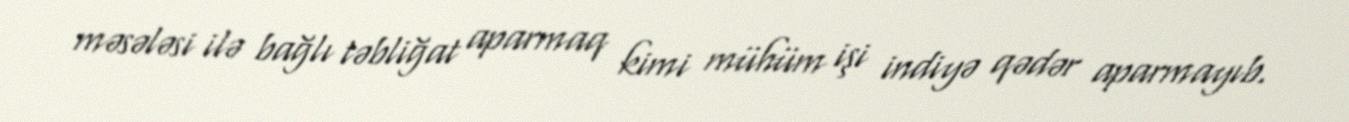
məsələsi ilə bağlı təbliğat aparmaq kimi mühüm işi indiyə qədər aparmayıb.